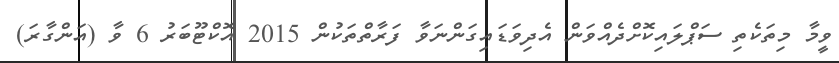
ވީމާ މިތަކެތި ސަޕްލައިކޮށްދެއްވަން އެދިވަޑައިގަންނަވާ ފަރާތްތަކުން 2015 އޮކްޓޫބަރު 6 ވާ (އަންގާރަ)